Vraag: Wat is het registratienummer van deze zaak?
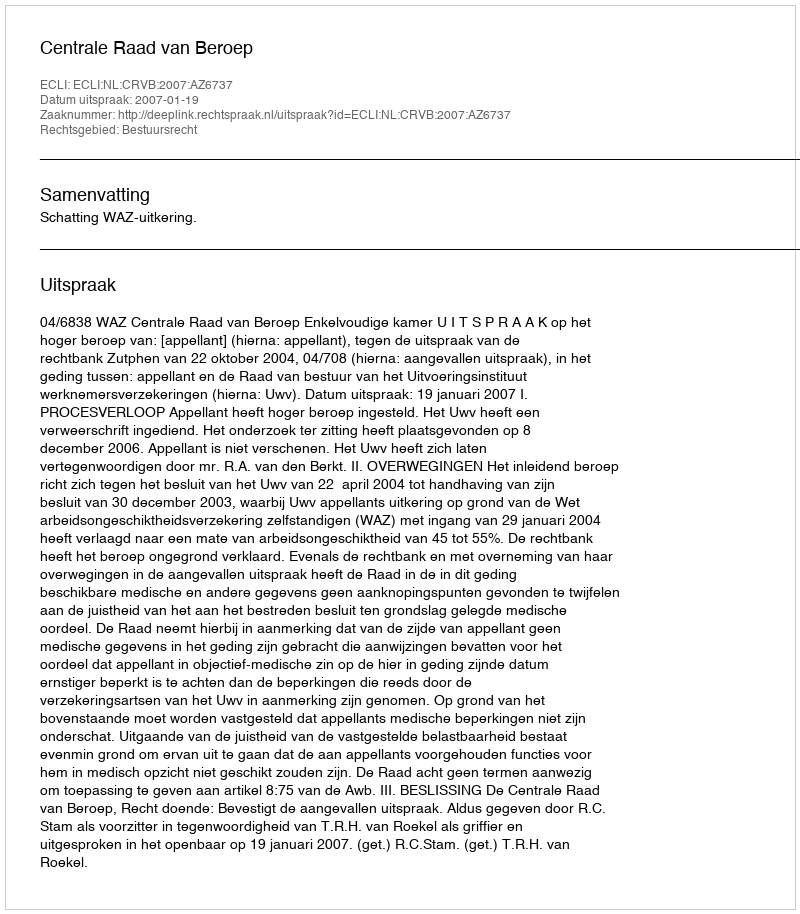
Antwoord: http://deeplink.rechtspraak.nl/uitspraak?id=ECLI:NL:CRVB:2007:AZ6737